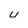
Character: U